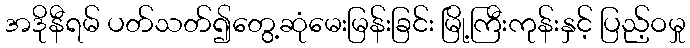
အဒိုနီရမ် ပတ်သတ်၍တွေ့ဆုံမေးမြန်းခြင်း မြို့ကြီးကုန်းနှင့် ပြည့်ဝမှု